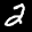
Label: 2